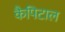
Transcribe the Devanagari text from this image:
कैपिटाल